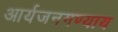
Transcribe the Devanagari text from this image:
आर्यजनगण्याय